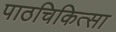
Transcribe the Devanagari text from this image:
पाठचिकित्सा